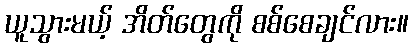
ယူသွားမယ့် အိတ်တွေကို စစ်စေချင်လား။